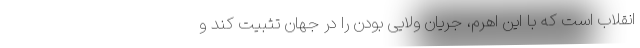
انقلاب است که با این اهرم، جریان ولایی بودن را در جهان تثبیت کند و